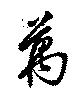
萬